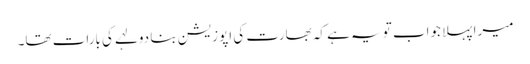
میرا پہلا جواب تو یہ ہے کہ بھارت کی اپوزیشن بنا دولہے کی بارات تھا۔